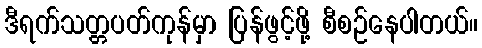
ဒီရက်သတ္တပတ်ကုန်မှာ ပြန်ဖွင့်ဖို့ စီစဉ်နေပါတယ်။